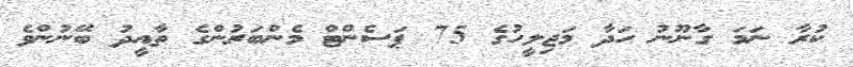
ކުރާ ނަމަ ގާނޫނު ހަދާ މަޖިލީހުގެ 75 ޕަސެންޓް މެންބަރުންގެ ތާއީދު ބޭނުންވެ